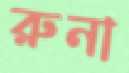
রুনা